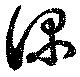
深